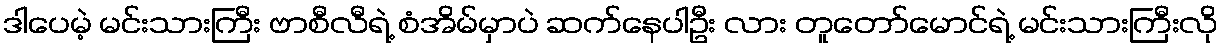
ဒါပေမဲ့ မင်းသားကြီး ဗာစီလီရဲ့ စံအိမ်မှာပဲ ဆက်နေပါဦး လား တူတော်မောင်ရဲ့ မင်းသားကြီးလို